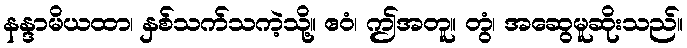
နန္ဒာမိယထာ၊ နှစ်သက်သကဲ့သို့။ ဧဝံ၊ ဤအတူ။ တွံ၊ အဆွေမူဆိုးသည်။